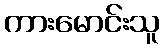
ကားမောင်းသူ